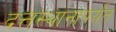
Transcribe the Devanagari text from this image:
दत्तस्थानापर्यंत